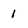
Character: 1